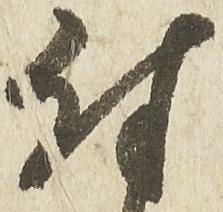
付